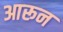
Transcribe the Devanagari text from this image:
आरून